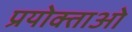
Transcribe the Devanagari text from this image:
प्रयोक्ताओ